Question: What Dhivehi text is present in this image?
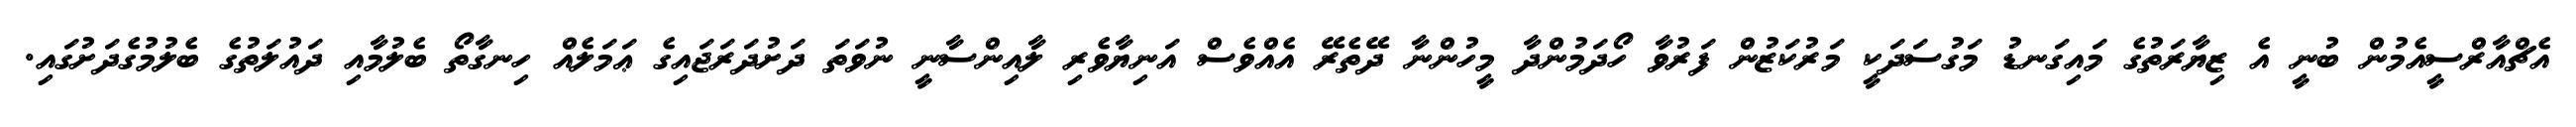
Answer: އެޗްއާރްސީއެމުން ބުނީ އެ ޒިޔާރަތުގެ މައިގަނޑު މަގުސަދަކީ މަރުކަޒުން ފަރުވާ ހޯދަމުންދާ މީހުންނާ ދޭތެރޭ އެއްވެސް އަނިޔާވެރި ލާއިންސާނީ ނުވަތަ ދަށުދަރަޖައިގެ ޢަމަލެއް ހިނގާތޯ ބެލުމާއި ދައުލަތުގެ ބެލުމުގެދަށުގައި.